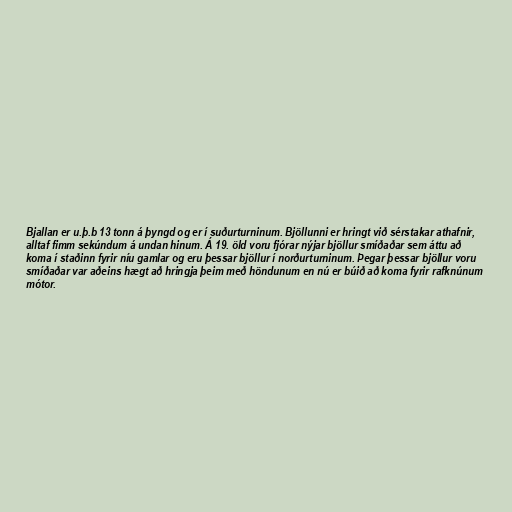
Bjallan er u.þ.b 13 tonn á þyngd og er í suðurturninum. Bjöllunni er hringt við sérstakar athafnir,
alltaf fimm sekúndum á undan hinum. Á 19. öld voru fjórar nýjar bjöllur smíðaðar sem áttu að
koma í staðinn fyrir níu gamlar og eru þessar bjöllur í norðurturninum. Þegar þessar bjöllur voru
smíðaðar var aðeins hægt að hringja þeim með höndunum en nú er búið að koma fyrir rafknúnum
mótor.